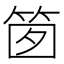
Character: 䇱